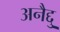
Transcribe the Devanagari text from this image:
अनैद्दु